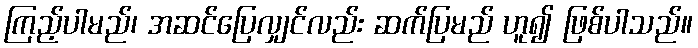
ကြည့်ပါမည်၊ အဆင်ပြေလျှင်လည်း ဆက်ပြမည် ဟူ၍ ဖြစ်ပါသည်။